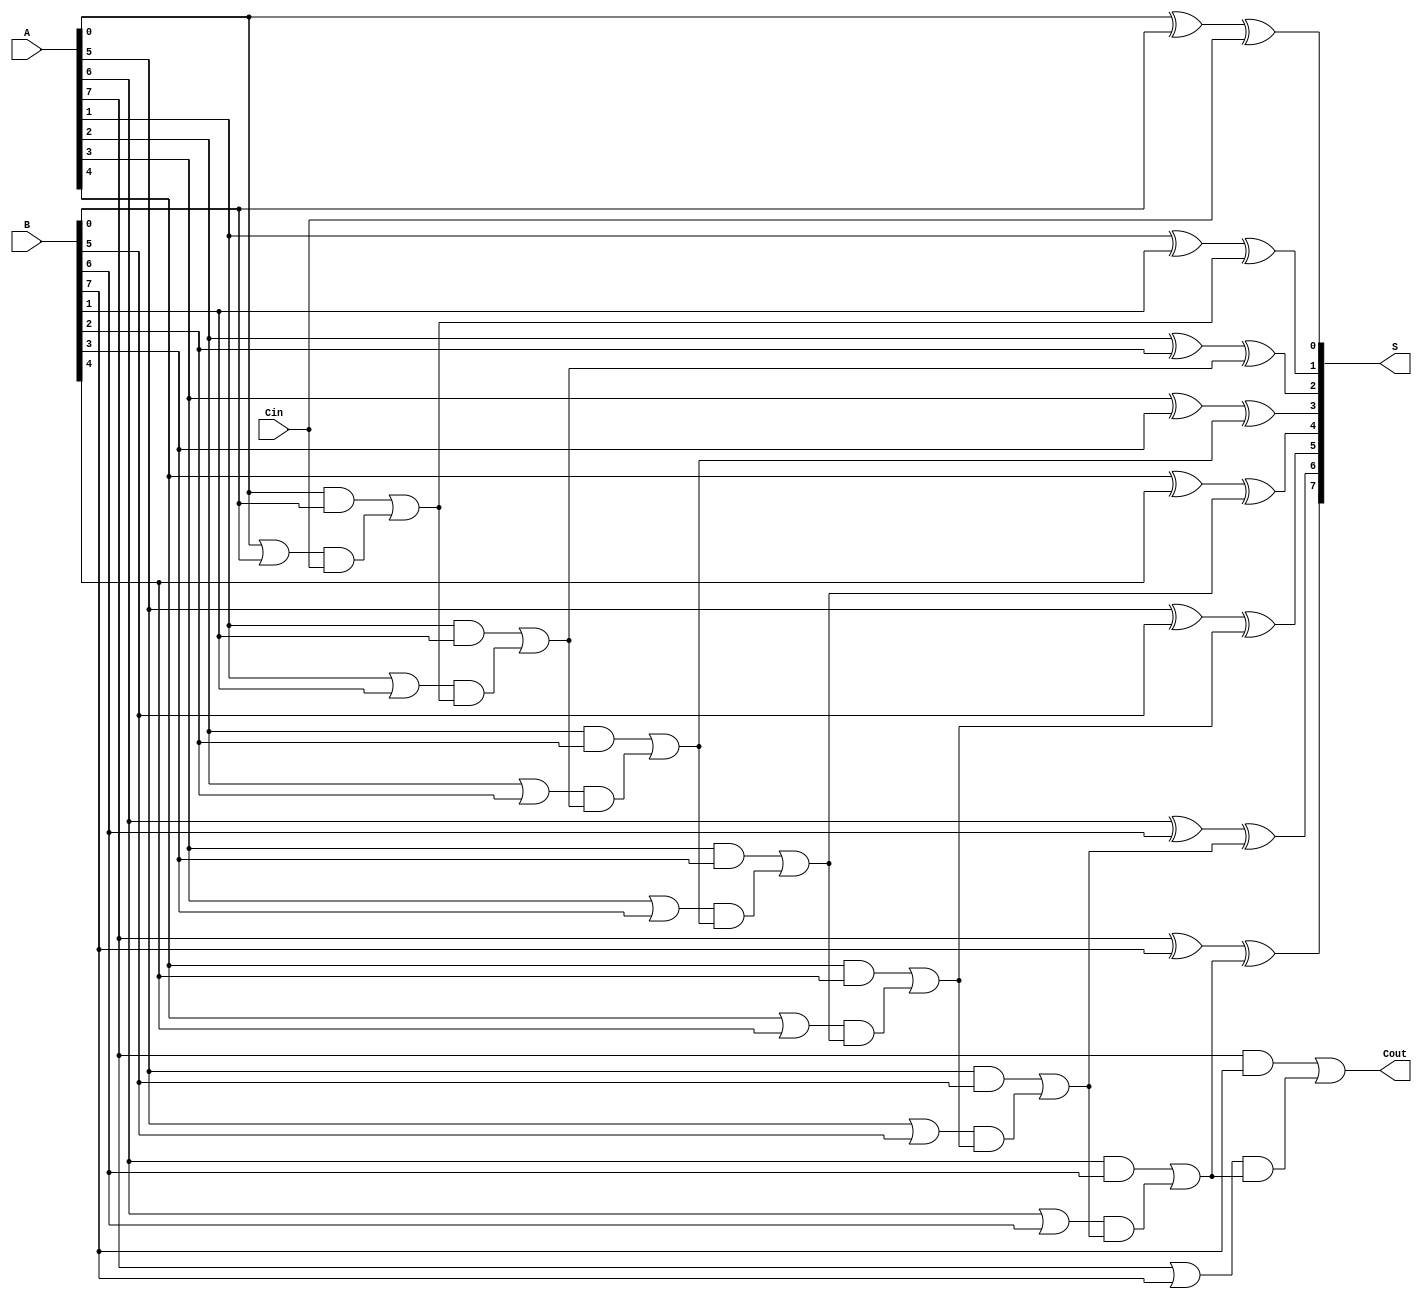
module ManchesterCarryChainAdder #(parameter n = 8) (
    input  wire [n-1:0] A,      // First n-bit input
    input  wire [n-1:0] B,      // Second n-bit input
    input  wire Cin,             // Carry-in
    output wire [n-1:0] S,       // Sum output
    output wire Cout             // Carry-out
);

    // Carry generation and propagation signals
    wire [n-1:0] G;  // Generate signals
    wire [n-1:0] P;  // Propagate signals
    wire [n:0] C;    // Carry signals (C[0] = Cin)

    // Generate and propagate logic
    genvar i;
    generate
        for (i = 0; i < n; i = i + 1) begin : carry_logic
            assign G[i] = A[i] & B[i];  // Carry Generate
            assign P[i] = A[i] | B[i];  // Carry Propagate
        end
    endgenerate

    // Carry chain calculation
    assign C[0] = Cin; // Initial carry-in
    generate
        for (i = 0; i < n; i = i + 1) begin : carry_chain
            if (i == 0) begin
                assign C[i + 1] = G[i] | (P[i] & C[i]); // C1
            end else begin
                assign C[i + 1] = G[i] | (P[i] & C[i]); // C2, C3, ..., Cn
            end
        end
    endgenerate

    // Sum calculation
    generate
        for (i = 0; i < n; i = i + 1) begin : sum_logic
            assign S[i] = A[i] ^ B[i] ^ C[i]; // Sum
        end
    endgenerate

    // Carry-out signal
    assign Cout = C[n]; // Final carry-out

endmodule